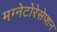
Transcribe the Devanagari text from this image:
मग्नेटोरेसेप्शन